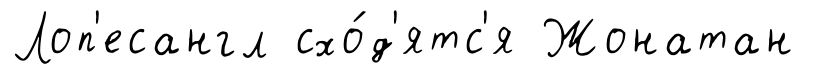
Лоп'есангл схо́д'ятс'я Жонатан